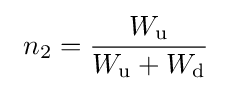
~n_{2}={\frac {W_{\rm {u}}}{W_{\rm {u}}+W_{\rm {d}}}}~